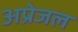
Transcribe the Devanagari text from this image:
अप्रेजल